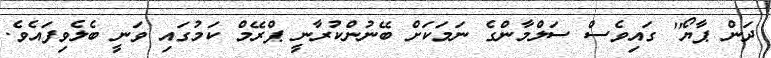
ދަން ޕާޔޯ'' ގައިވެސް ސަލްމާންގެ ނަމަކަށް ބޭނުންކުރާނީ ޕްރޭމް ކަމުގައި ވަނީ ބެލެވިފައެވެ.